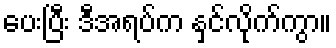
ပေးပြီး ဒီအရပ်က နှင်လိုက်ကွာ။